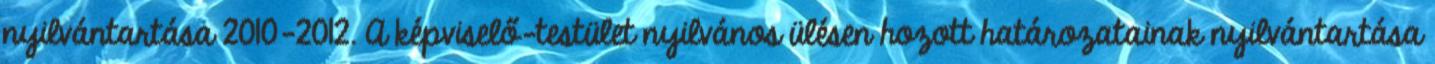
nyilvántartása 2010-2012. A képviselő-testület nyilvános ülésen hozott határozatainak nyilvántartása